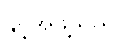
နှင့်အဖွဲ့သည်